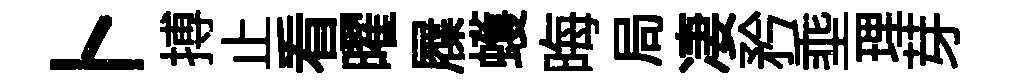
卜搏止看曜屧蠖晦局凄矜埀理芽